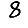
Digit: 8